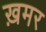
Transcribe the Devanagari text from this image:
ख़मर